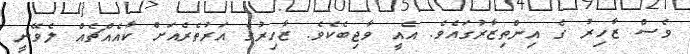
ވެސް ޒާހިރު ގެ އިންތިޒާރުގައެވެ. އެއީ ވާޖިބެކެވެ. ޒާހިރުގެ އަރުތެރެއަށް ކާއެއްޗެއް ލެވޭނީ